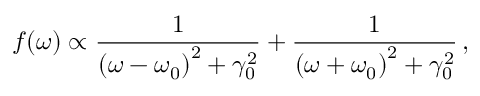
f ( \omega ) \propto \frac { 1 } { \left( \omega - \omega _ { 0 } \right) ^ { 2 } + \gamma _ { 0 } ^ { 2 } } + \frac { 1 } { \left( \omega + \omega _ { 0 } \right) ^ { 2 } + \gamma _ { 0 } ^ { 2 } } \, ,